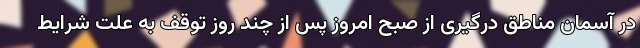
در آسمان مناطق درگیری از صبح امروز پس از چند روز توقف به علت شرایط